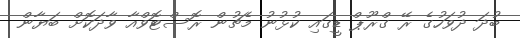
ބުދަ ދުވަހުގެ ރޭ ގްރޫޕް ޑީގައި ކުޅުނު މެޗުން ރޮސްޓޮވްއާ ވާދަކޮށް ބަޔާން